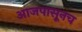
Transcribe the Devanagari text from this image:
आजपासूनच